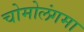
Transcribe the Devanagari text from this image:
चोमोलंगमा